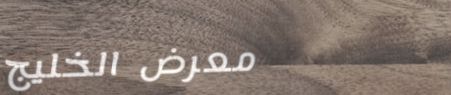
معرض الخليج